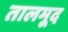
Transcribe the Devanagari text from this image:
तालमूद